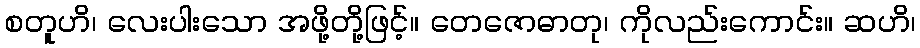
စတူဟိ၊ လေးပါးသော အဖို့တို့ဖြင့်။ တေဇောဓာတု၊ ကိုလည်းကောင်း။ ဆဟိ၊